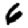
Digit: 6